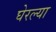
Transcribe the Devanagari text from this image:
घेरल्या